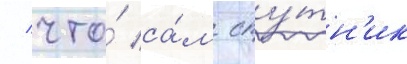
/ что́ са́м спу́тн'ик